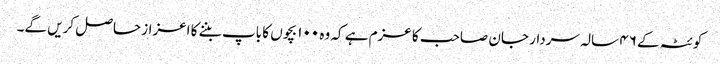
کوئٹہ کے ۴۶ سالہ سردار جان صاحب کا عزم ہے کہ وہ ۱۰۰ بچوں کا باپ بننے کا اعزاز حاصل کریں گے۔